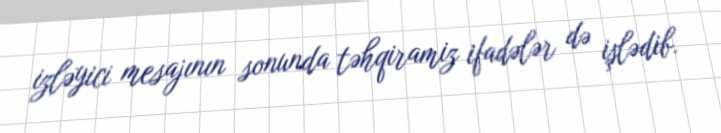
izləyici mesajının sonunda təhqiramiz ifadələr də işlədib.